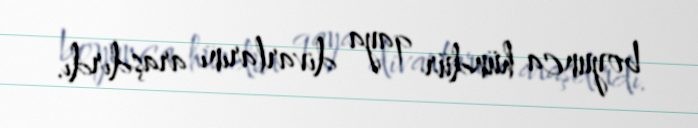
boyunca hündür qaya divarlarını araşdırdı.